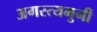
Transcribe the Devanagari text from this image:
अगस्त्यमुनी